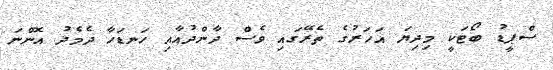
ސްޕީޑު ބޯޓަކީ މިދިޔަ އަހަރުގެ ތެރޭގައި ވެސް ދާންދުއާއި ހަނޑަހާ ދެމެދު އޮންނަ